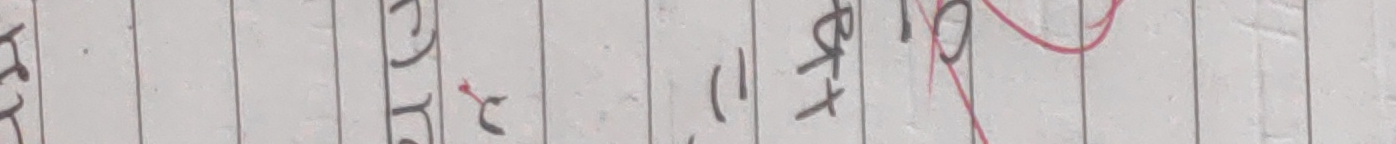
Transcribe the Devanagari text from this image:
हेत